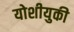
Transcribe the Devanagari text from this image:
योशीयुकी